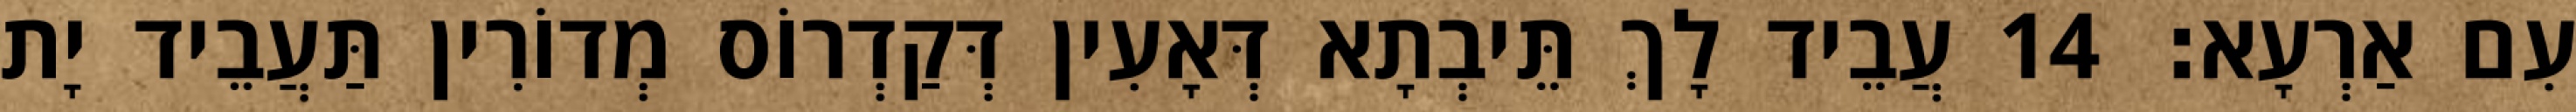
עִם אַרְעָא׃ 14 עֲבֵיד לָךְ תֵּיבְתָא דְּאָעִין דְּקַדְרוֹס מְדוֹרִין תַּעֲבֵיד יָת